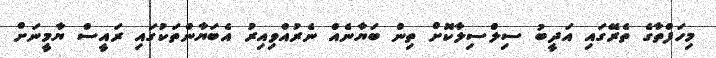
މިހަފްތާގެ ތެރޭގައި އަދީބު ސިލްސިލާކޮށް ތިން ބަޔާނެއް ނެރުއްވިއިރު އެބަޔާންތަކުގައި ރައީސް ޔާމީނަށް